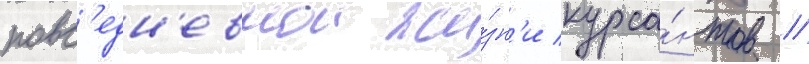
повс'едн'евнои жи́зн'и курса́нтов //